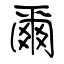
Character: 爾